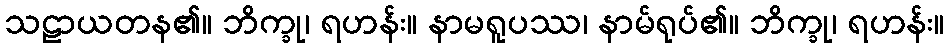
သဠာယတန၏။ ဘိက္ခု၊ ရဟန်း။ နာမရူပဿ၊ နာမ်ရုပ်၏။ ဘိက္ခု၊ ရဟန်း။